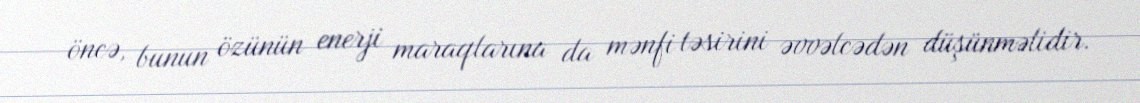
öncə, bunun özünün enerji maraqlarına da mənfi təsirini əvvəlcədən düşünməlidir.